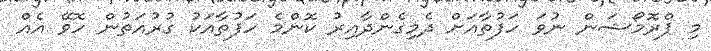
މި ޕްރޮމޯޝަން ނުވަ ހަފުތާއަށް ދެމިގެންދާއިރު ކޮންމެ ހަފުތާއަކު ގުރުއަތުން ހޮވޭ އެއް